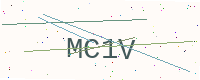
Text: MC1V